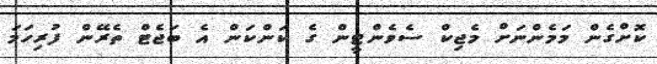
ކޮށްގެން މަމެންނަށް މެޖިކް ސެވެންޓީން ގެ ކަންކަން އެ ބަޖެޓް ތެރޭން ފުރިހަމަ